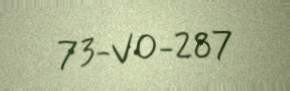
73-VO-287